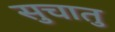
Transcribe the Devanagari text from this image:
सुचातु